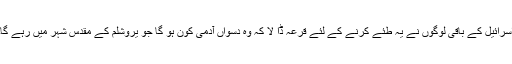
اسرائیل کے باقی لوگوں نے یہ طئے کرنے کے لئے قرعہ ڈا لا کہ وہ دسواں آدمی کون ہو گا جو یروشلم کے مقدس شہر میں رہے گا۔